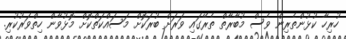
ހުރިހާ ކުޅުންތެރިން ވެސް މުބާރާތް ތެރޭގައި ވަރަށް ބުރަކޮށް މަސައްކަތްކޮށް މޮޅުވާން ހިތްވަރުކުރި.